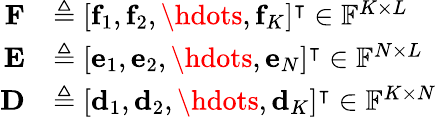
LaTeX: \begin{array}{rl}{\mathbf{F}}&{\triangleq[\mathbf{f}_{1},\mathbf{f}_{2},\hdots,\mathbf{f}_{K}]^{\intercal}\in\mathbb{F}^{K\times L}}\\ {\mathbf{E}}&{\triangleq[\mathbf{e}_{1},\mathbf{e}_{2},\hdots,\mathbf{e}_{N}]^{\intercal}\in\mathbb{F}^{N\times L}}\\ {\mathbf{D}}&{\triangleq[\mathbf{d}_{1},\mathbf{d}_{2},\hdots,\mathbf{d}_{K}]^{\intercal}\in\mathbb{F}^{K\times N}}\end{array}